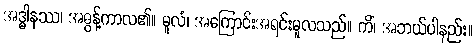
အဒ္ဓါနဿ၊ အဓွန့်ကာလ၏။ မူလံ၊ အကြောင်းအရင်းမူလသည်။ ကိံ၊ အဘယ်ပါနည်း။